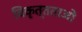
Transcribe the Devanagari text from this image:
विकृत्तताओं